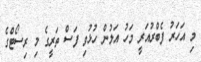
މި އަހަރު ފެބްރުއަރީ މަހު އަލުން ހުޅުވި ފަސް ތަރީގެ މި ރިސޯޓްގެ